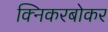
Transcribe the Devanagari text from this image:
क्निकरबोकर